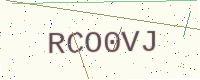
Text: RCO0VJ